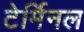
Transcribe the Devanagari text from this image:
टेर्मिनल